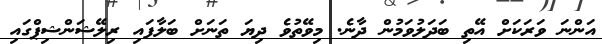
އަންނަ ވަރަކަށް އޭތި ބަދަލުވަމުން ދާނެ. މިވޭތުވެ ދިޔަ ތަނަށް ބަލާފައި ރިލޭޝަންޝިޕްގައި